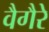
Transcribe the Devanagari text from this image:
वैगैरे